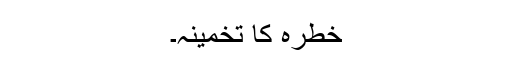
خطرہ کا تخمینہ۔